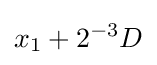
x_{1}+2^{-3}D